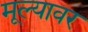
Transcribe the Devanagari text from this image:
मूल्यावर